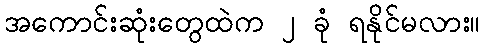
အကောင်းဆုံးတွေထဲက ၂ ခုံ ရနိုင်မလား။